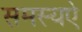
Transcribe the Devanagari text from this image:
समस्यऐ